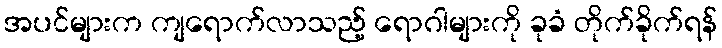
အပင်များက ကျရောက်လာသည့် ရောဂါများကို ခုခံ တိုက်ခိုက်ရန်